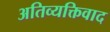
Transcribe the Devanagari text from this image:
अतिव्यक्तिवाद